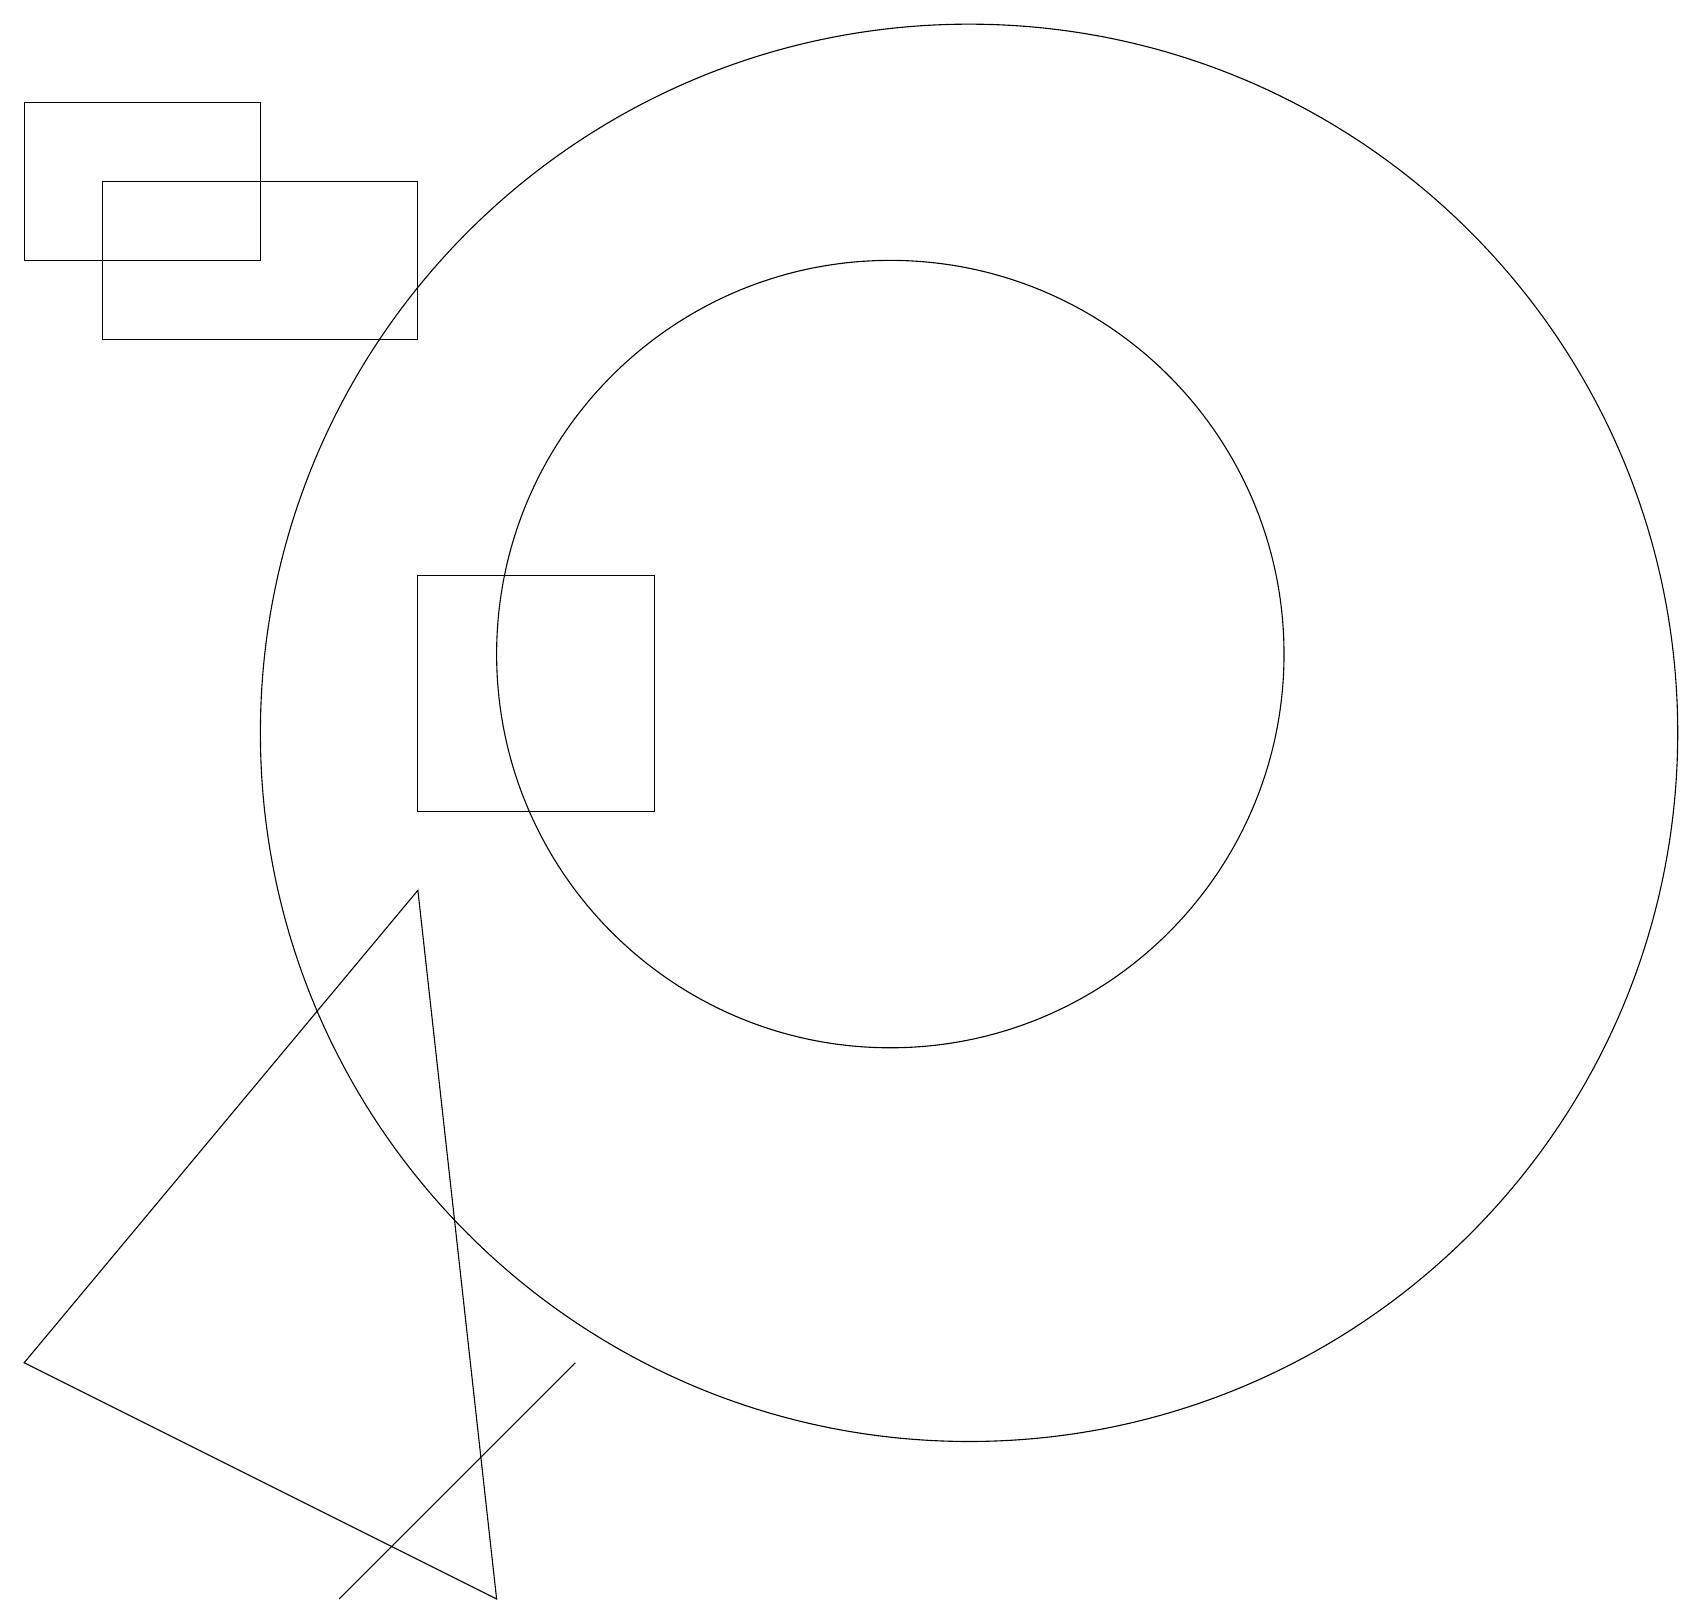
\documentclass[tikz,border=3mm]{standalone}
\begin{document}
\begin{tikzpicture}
\draw (6,0) -- (5,9) -- (0,3) -- cycle;
\draw (5,16) rectangle (1,18);
\draw (5,10) rectangle (8,13);
\draw (12,11) circle (9);
\draw (11,12) circle (5);
\draw (7,3) -- (4,0) -- (6,2) -- cycle;
\draw (3,19) rectangle (0,17);
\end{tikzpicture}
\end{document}